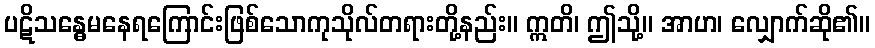
ပဋိသန္ဓေမနေရကြောင်းဖြစ်သောကုသိုလ်တရားတို့နည်း။ ဣတိ၊ ဤသို့။ အာဟ၊ လျှောက်ဆို၏။